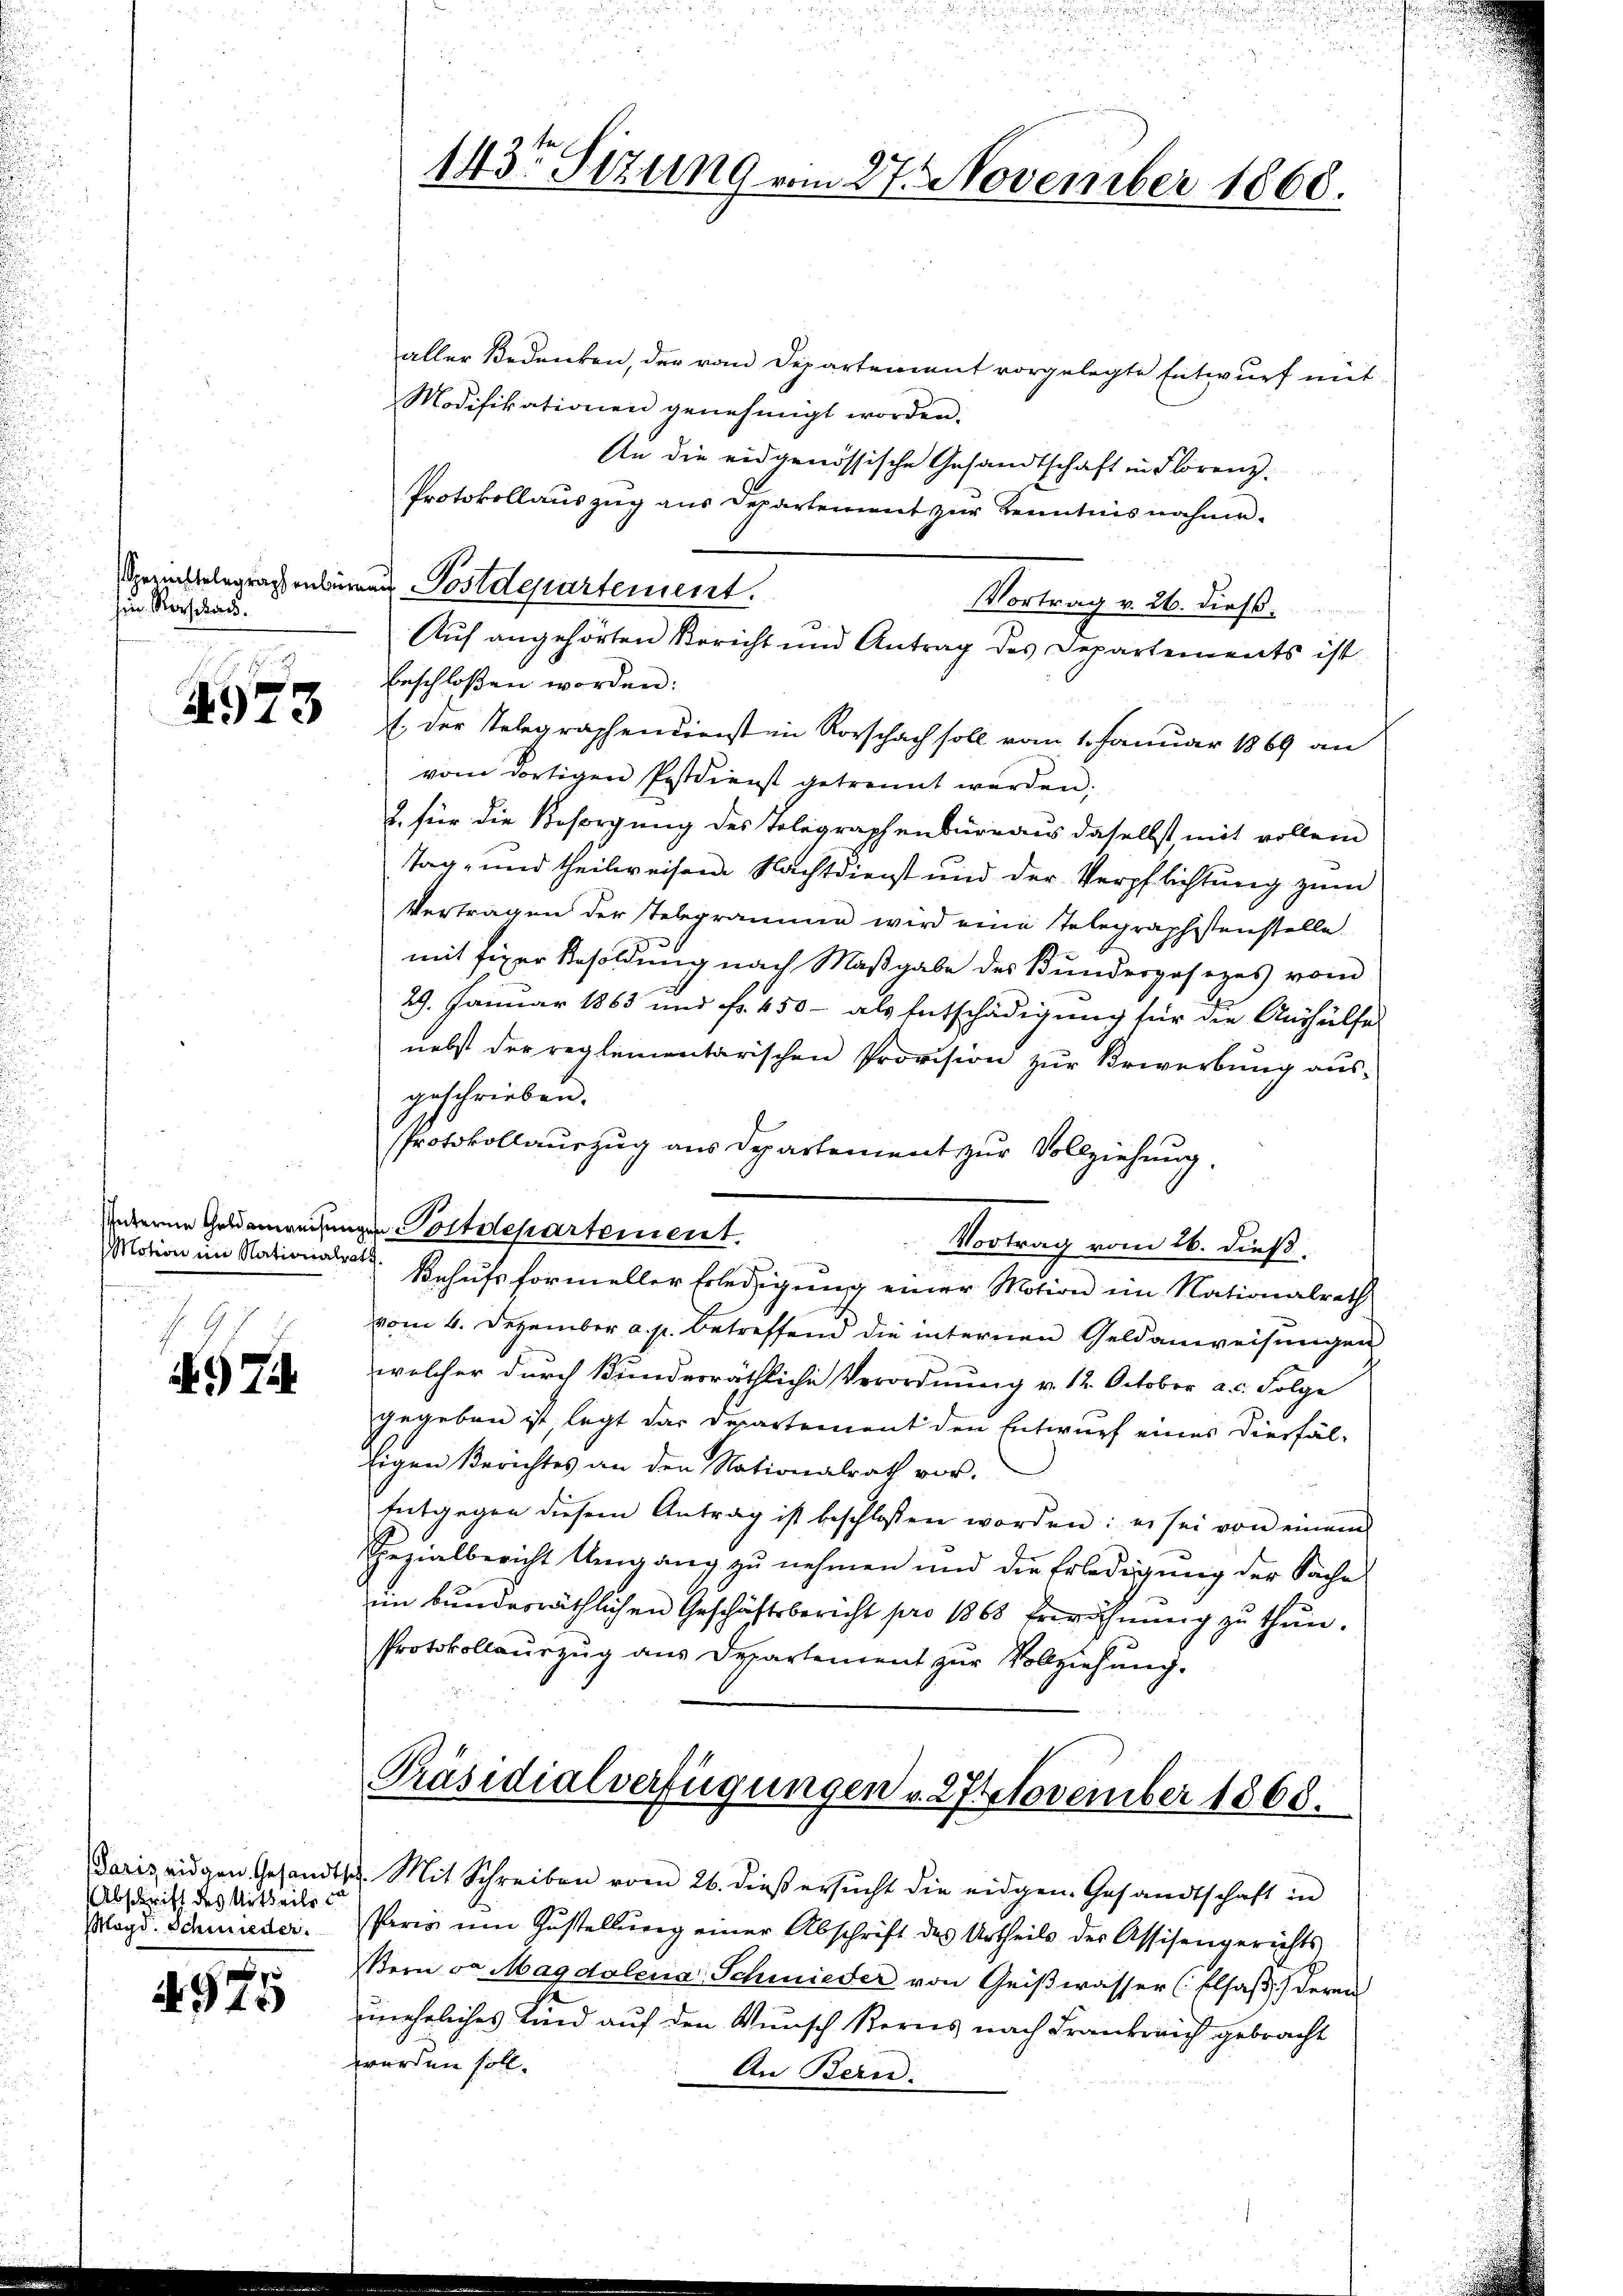
hin Rorschau.

4973

aller Bedenken, der vom Departement vorgelegte Entwurf mit
Modifikationen genehmigt worden.
An die eidgenössische Gesandtschaft in Florenz
Protokollauszug aus Departement zur Kenntnisnahme.
Spengelegraphenberger Postdepartement.
Vortrag v. 26. dieß.
Auf angehörten Bericht und Antrag des Departements ist
Erschloßen worden:
E der Telegraphendienst in Rorschach soll vom 1. Januar 1869 an
vom dortigen Postdienst getrennt werden.
2. für die Besorgung des Tolegraphenbureaus daselbst mit vollem
Tag- und theilweisen Nachtdienst und der Verpflichtung zum
Vertragen der Telegramme wird eine Telegraphistenstelle.
mit fixer Besoldung nach Maßgabe des Bundesgesezes vom
29. Januar 1863 und Fr. 450 - als Entschädigung für die Aushülfe
nebst der reglementarischen Provision zur Bewerbung aus-
geschrieben.
Protokollauszug aus Departement zur Vollziehung.
indere Geldenweisungen Postdepartement.
Vortrag vom 26. dieß.
Behufs formeller Erledigung einer Motion im Nationalrath
vom 4. Dezember a. p. betreffend die internen Geldanweisungen
welcher durch Bunderräthliche Verordnung v. 12. October a.c. Folge
gegeben ist, legt das Departement den Entwurf eines diesfäl¬
Eigen Berichtes an den Nationalrath vor.
Entgegen diesem Antrag ist beschlossen worden: es sei von einem
Spezialbericht Umgang zu nehmen und die Erledigung der Sache
im bundesräthlichen Geschäftsbericht pro 1868 Erwähnung zu thun.
Protokollauszug aus Departement zur Vollziehung.
Präsidialverfügungen v. 27 November 1868.
Paris eigen Gesandtsch. Mit Schreiben vom 26. dieβ ersŭcht die eidgen. Gesandtschaft in
Paris ŭm Gŭstellŭng einer Abschrift des Urtheils der Assisengerichts
Kern da Magdalena Schmieder von Geiβwasser (Elsaß, deren
uneheliches Kind auf den Wunsch Korns nach Frankreich gebracht
worden soll.
An Bern:

Motion im Nationalrath

97

Abschrift des Urtheils u
Magd. Schmieder.

4975

143te Sitzung vom 27. November 1868.

e

u